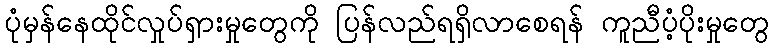
ပုံမှန်နေထိုင်လှုပ်ရှားမှုတွေကို ပြန်လည်ရရှိလာစေရန် ကူညီပံ့ပိုးမှုတွေ